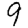
Digit: 9